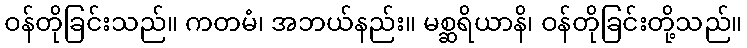
ဝန်တိုခြင်းသည်။ ကတမံ၊ အဘယ်နည်း။ မစ္ဆရိယာနိ၊ ဝန်တိုခြင်းတို့သည်။